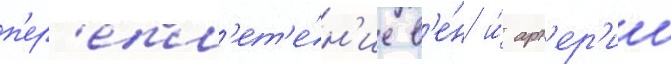
п'ер'епл'ет'е́н'ие в'е́н и́ арт'ер'ии